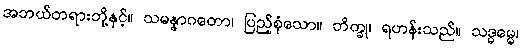
အဘယ်တရားတို့နှင့်။ သမန္နာဂတော၊ ပြည့်စုံသော။ ဘိက္ခု၊ ရဟန်းသည်။ သဒ္ဓမ္မေ၊